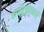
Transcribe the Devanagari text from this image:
बायोटाइटमध्ये